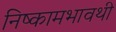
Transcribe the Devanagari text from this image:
निष्कामभावथी